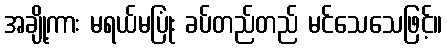
အချို့ကား မရယ်မပြုံး ခပ်တည်တည် မင်သေသေဖြင့်။